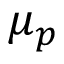
\mu _ { p }